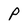
Character: P